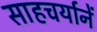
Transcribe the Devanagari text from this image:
साहचर्यानें